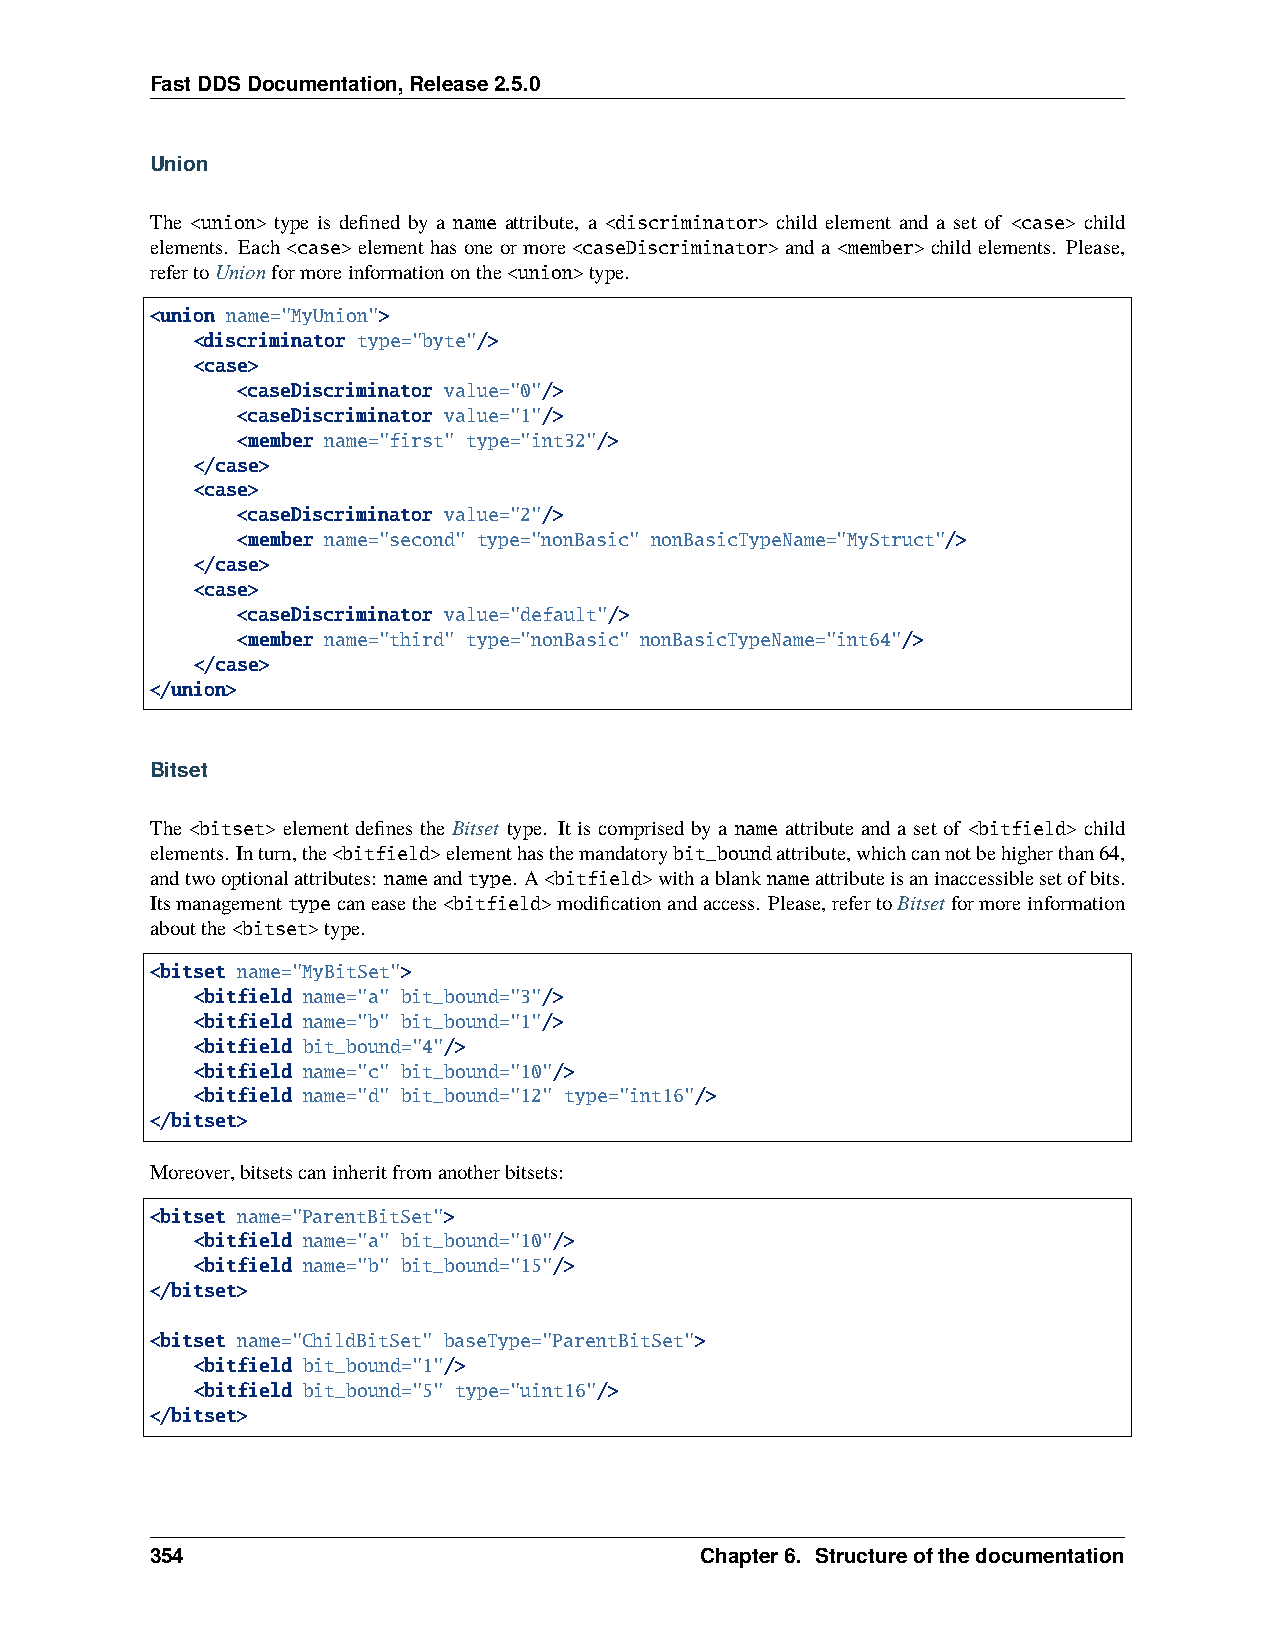
FastDDSDocumentation,Release2.5.0
 Union
 The <union> type is defined by a name attribute, a <discriminator> child element and a set of <case> child
 elements. Each <case>elementhasoneormore <caseDiscriminator>anda <member>childelements. Please,
 refertoUnionformoreinformationonthe<union>type.
 <union name="MyUnion">
 <discriminator type="byte"/>
 <case>
 <caseDiscriminator value="0"/>
 <caseDiscriminator value="1"/>
 <member name="first" type="int32"/>
 </case>
 <case>
 <caseDiscriminator value="2"/>
 <member name="second" type="nonBasic" nonBasicTypeName="MyStruct"/>
 </case>
 <case>
 <caseDiscriminator value="default"/>
 <member name="third" type="nonBasic" nonBasicTypeName="int64"/>
 </case>
 </union>
 Bitset
 The <bitset> element defines the Bitset type. It is comprised by a name attribute and a set of <bitfield> child
 elements. Inturn,the<bitfield>elementhasthemandatorybit_boundattribute,whichcannotbehigherthan64,
 andtwooptionalattributes: nameandtype. A<bitfield>withablanknameattributeisaninaccessiblesetofbits.
 Itsmanagementtypecaneasethe<bitfield>modificationandaccess. Please,refertoBitset formoreinformation
 aboutthe<bitset>type.
 <bitset name="MyBitSet">
 <bitfield name="a" bit_bound="3"/>
 <bitfield name="b" bit_bound="1"/>
 <bitfield bit_bound="4"/>
 <bitfield name="c" bit_bound="10"/>
 <bitfield name="d" bit_bound="12" type="int16"/>
 </bitset>
 Moreover,bitsetscaninheritfromanotherbitsets:
 <bitset name="ParentBitSet">
 <bitfield name="a" bit_bound="10"/>
 <bitfield name="b" bit_bound="15"/>
 </bitset>
 <bitset name="ChildBitSet" baseType="ParentBitSet">
 <bitfield bit_bound="1"/>
 <bitfield bit_bound="5" type="uint16"/>
 </bitset>
 354                                 Chapter6. Structureofthedocumentation